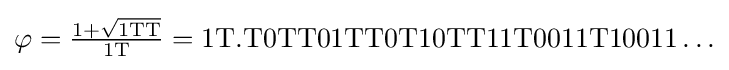
{\textstyle \varphi ={\frac {1+{\sqrt {\mathrm {1TT} }}}{\mathrm {1T} }}=\mathrm {1T.T0TT01TT0T10TT11T0011T10011\ldots } }